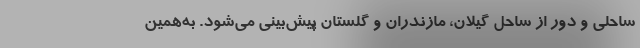
ساحلی و دور از ساحل گیلان، مازندران و گلستان پیش‌بینی می‌شود. به‌همین